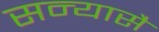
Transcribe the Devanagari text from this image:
सन्यासै